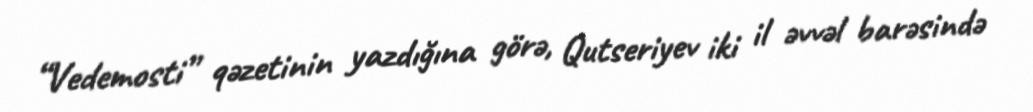
“Vedemosti” qəzetinin yazdığına görə, Qutseriyev iki il əvvəl barəsində